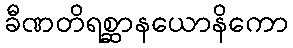
ခီဏတိရစ္ဆာနယောနိကော